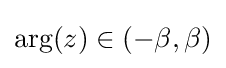
\operatorname {arg} (z)\in (-\beta ,\beta )